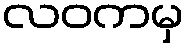
လဝကမှ